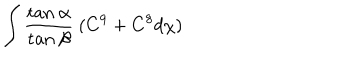
LaTeX: \int \frac { \mathrm { t a n } ~ \alpha } { \mathrm { t a n } ~ \beta } ~ ( C ^ { 9 } + C ^ { 8 } d \chi )